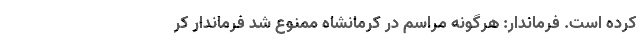
کرده است. فرماندار: هرگونه مراسم در کرمانشاه ممنوع شد فرماندار کر